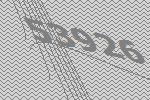
53926